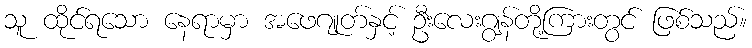
သူ ထိုင်ရသော နေရာမှာ အဖေဂျုတ်နှင့် ဦးလေးဂျွန်တို့ကြားတွင် ဖြစ်သည်။